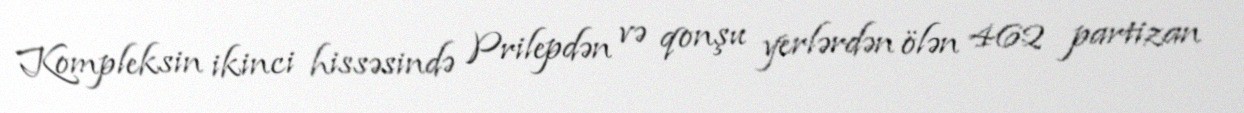
Kompleksin ikinci hissəsində Prilepdən və qonşu yerlərdən ölən 462 partizan